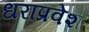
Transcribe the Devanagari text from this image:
धराप्रवेश